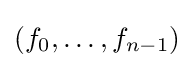
(f_{0},\ldots ,f_{n-1})